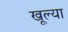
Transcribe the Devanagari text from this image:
खूल्या